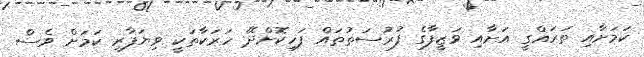
ކަމަށާއި ތަރައްގީ އަށާއި ވަޒީފާގެ ފުރުސަތުތައް ފަހިކޮށްދޭ ހަރަކާތަކީ ވިޔަފާރި ކަމަށް ވެސް